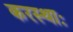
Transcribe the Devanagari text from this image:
करस्थाः